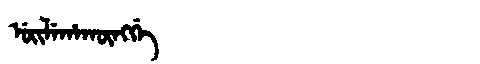
Manchu: ᡠᡳᠯᡝᡥᠠᡴᡡᠩᡤᡝ
Romanization: UILEHAKŪNGGE